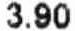
3.90